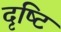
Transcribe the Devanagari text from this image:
दृष्‍टि